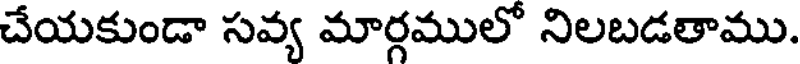
చేయకుండా సవ్య మార్గములో నిలబడతాము.